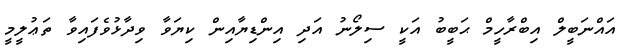
އައްނަބީލް އިބްރާހީމް ޙަބީބު އަކީ ސިލޯނު އަދި އިންޑިޔާއިން ކިޔަވާ ވިދާޅުވެފައިވާ ތަޢުލީމީ